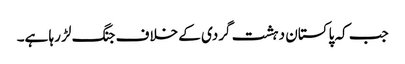
جب کہ پاکستان دہشت گردی کے خلاف جنگ لڑ رہا ہے۔